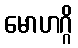
မောဟဂ္ဂိ